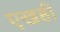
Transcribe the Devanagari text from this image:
एखही